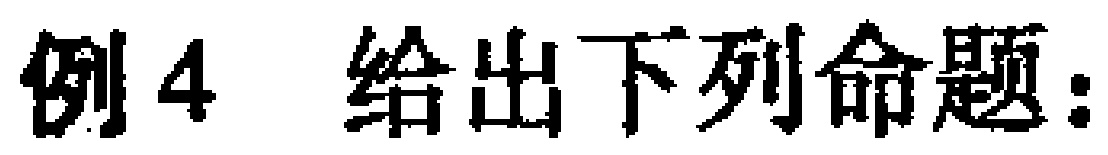
例4 给出下列命题：